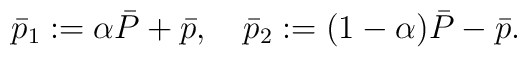
\bar{p}_{1} := \alpha \bar{P} + \bar{p} , \quad  \bar{p}_{2} := (1-\alpha) \bar{P} - \bar{p}.